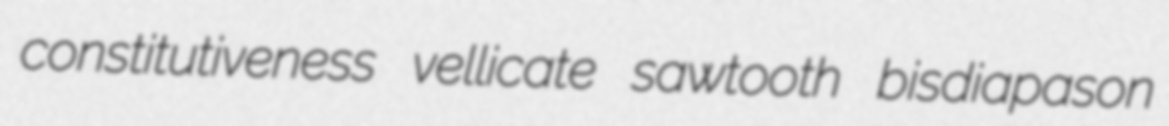
constitutiveness vellicate sawtooth bisdiapason